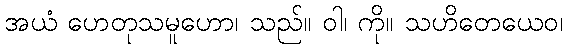
အယံ ဟေတုသမူဟော၊ သည်။ ဝါ၊ ကို။ သဟိတေယေဝ၊